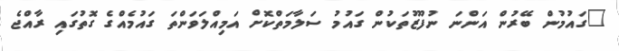
"ގައުމުން ބޭރުން އަންނަ ނުފޫޒުތަކުން ގައުމު ސަލާމަތްކޮށް އަމިއްލަވަންތަ ގައުމެއްގެ ގޮތުގައި ރާއްޖެ